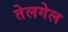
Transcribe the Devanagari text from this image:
तेलगेल